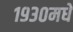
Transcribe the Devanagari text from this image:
१९३०मधे